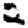
Digit: 2